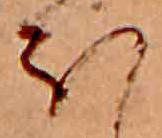
ほ